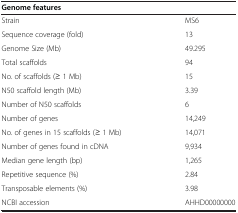
<table><thead><tr><td><b>Genome features</b></td><td><b> </b></td></tr></thead><tbody><tr><td>Strain</td><td>MS6</td></tr><tr><td>Sequence coverage (fold)</td><td>13</td></tr><tr><td>Genome Size (Mb)</td><td>49.295</td></tr><tr><td>Total scaffolds</td><td>94</td></tr><tr><td>No. of scaffolds (≥ 1 Mb)</td><td>15</td></tr><tr><td>N50 scaffold length (Mb)</td><td>3.39</td></tr><tr><td>Number of N50 scaffolds</td><td>6</td></tr><tr><td>Number of genes</td><td>14,249</td></tr><tr><td>No. of genes in 15 scaffolds (≥ 1 Mb)</td><td>14,071</td></tr><tr><td>Number of genes found in cDNA</td><td>9,934</td></tr><tr><td>Median gene length (bp)</td><td>1,265</td></tr><tr><td>Repetitive sequence (%)</td><td>2.84</td></tr><tr><td>Transposable elements (%)</td><td>3.98</td></tr><tr><td>NCBI accession</td><td>AHHD00000000</td></tr></tbody></table>